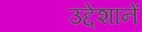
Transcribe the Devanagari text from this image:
उद्देशानें